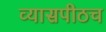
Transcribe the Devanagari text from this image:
व्यासपीठच